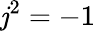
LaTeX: \mathit{j}^{2}=-1